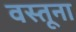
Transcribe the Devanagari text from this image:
वस्तूना